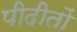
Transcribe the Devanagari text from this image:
पीदीतों